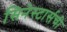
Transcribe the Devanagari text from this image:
सिनेस्टार्सची